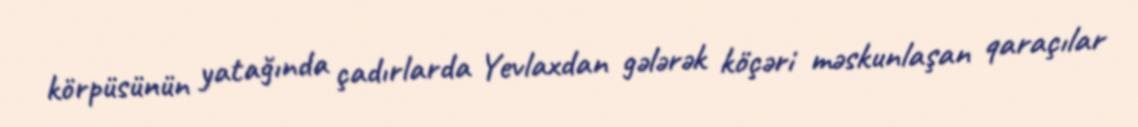
körpüsünün yatağında çadırlarda Yevlaxdan gələrək köçəri məskunlaşan qaraçılar